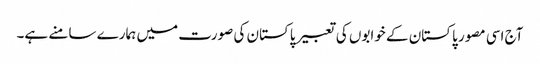
آج اسی مصور پاکستان کے خوابوں کی تعبیر پاکستان کی صورت میں ہمارے سامنے ہے۔